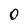
Character: 0